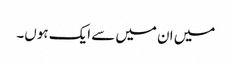
میں ان میں سے ایک ہوں۔